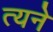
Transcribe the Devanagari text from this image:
त्यने